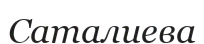
Саталиева